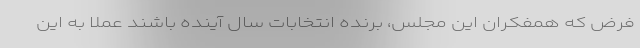
فرض که همفکران این مجلس، برنده انتخابات سال آینده باشند عملا به این